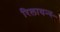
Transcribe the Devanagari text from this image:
रिलायन्स्‍